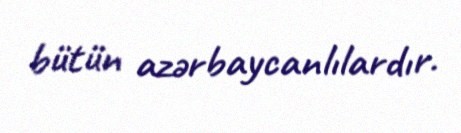
bütün azərbaycanlılardır.